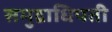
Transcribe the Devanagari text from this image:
समुद्राधिपती